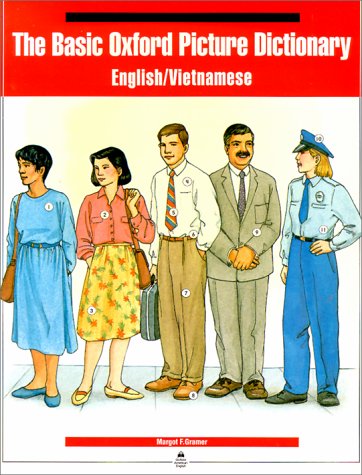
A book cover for The Basic Oxford Picture Dictionary (English/Vietnamese edition); Margot Gramer; Reference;